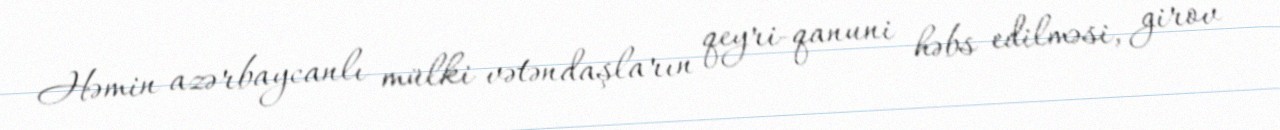
Həmin azərbaycanlı mülki vətəndaşların qeyri-qanuni həbs edilməsi, girov